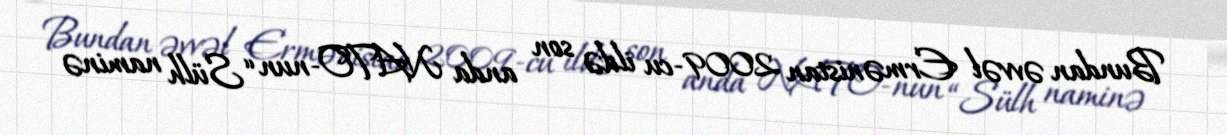
Bundan əvvəl Ermənistan 2009-cu ildə son anda NATO-nun “Sülh naminə